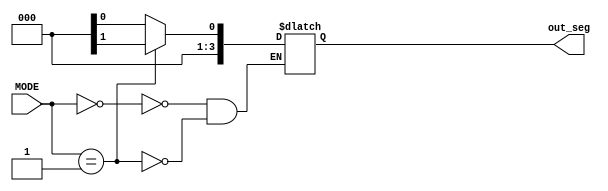
module Display_mux(MODE, out_seg);

input [1:0] MODE;
output reg [3:0] out_seg;

always @(MODE)

begin

 case (MODE)

  0 : out_seg <= AC_seg;

  1 : out_seg <= BK_seg; 

 endcase

end

endmodule